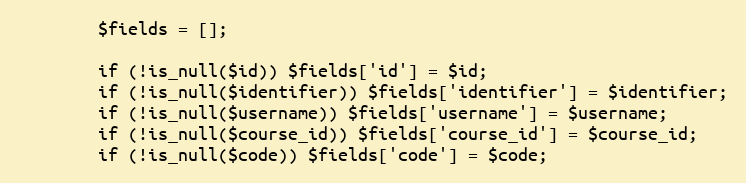
Language: PHP
        $fields = [];

        if (!is_null($id)) $fields['id'] = $id;
        if (!is_null($identifier)) $fields['identifier'] = $identifier;
        if (!is_null($username)) $fields['username'] = $username;
        if (!is_null($course_id)) $fields['course_id'] = $course_id;
        if (!is_null($code)) $fields['code'] = $code;